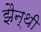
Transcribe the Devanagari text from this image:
झैन्थी